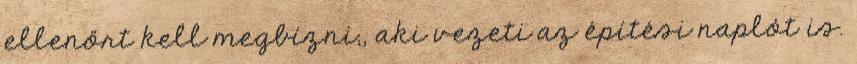
ellenőrt kell megbízni,, aki vezeti az építési naplót is.